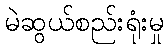
မဲဆွယ်စည်းရုံးမှု